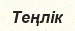
Теңлік